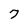
Character: 7